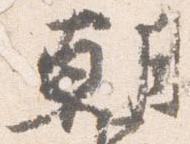
朝